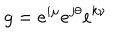
LaTeX: g = e ^ { i \mu } e ^ { j \theta } e ^ { k \nu }